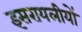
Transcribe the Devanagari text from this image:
इसरायलीयों